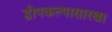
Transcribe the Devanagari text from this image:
द्वीपकल्पासारखा